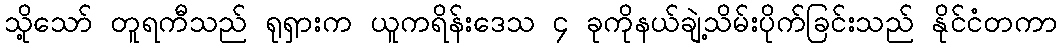
သို့သော် တူရကီသည် ရုရှားက ယူကရိန်းဒေသ ၄ ခုကိုနယ်ချဲ့သိမ်းပိုက်ခြင်းသည် နိုင်ငံတကာ